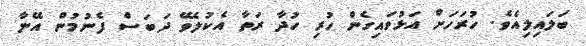
ބަލައިލިއެވެ. ހުރަހަށް އަޅުވައިގެން ހުރި ހުދާ ރަތާ އެކުލެވޭ ދަބަސް ފެނުމުން އޭނާ